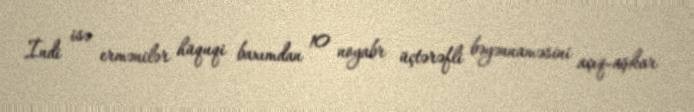
İndi isə ermənilər hüquqi baxımdan 10 noyabr üçtərəfli bəyənnaməsini açıq-aşkar